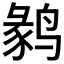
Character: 𱊘